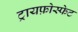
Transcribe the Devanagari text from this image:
ट्रायफ़ोस्फेट